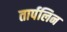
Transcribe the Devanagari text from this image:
तार्पलिन